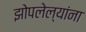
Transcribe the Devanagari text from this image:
झोपलेल्यांना